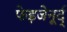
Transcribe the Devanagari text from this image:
फेइजेनूर्द्